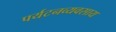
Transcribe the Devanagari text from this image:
पर्यटनव्यवसाय